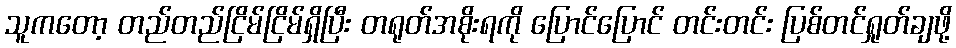
သူကတော့ တည်တည်ငြိမ်ငြိမ်ရှိပြီး တရုတ်အစိုးရကို ပြောင်ပြောင် တင်းတင်း ပြစ်တင်ရှုတ်ချဖို့